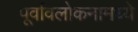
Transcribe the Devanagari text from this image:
पूर्वावलोकनामध्ये